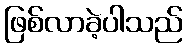
ဖြစ်လာခဲ့ပါသည်